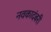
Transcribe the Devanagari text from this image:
नवकादंबरी